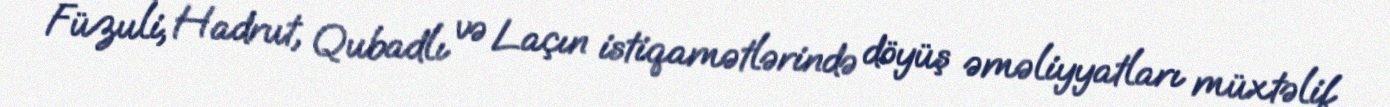
Füzuli, Hadrut, Qubadlı və Laçın istiqamətlərində döyüş əməliyyatları müxtəlif